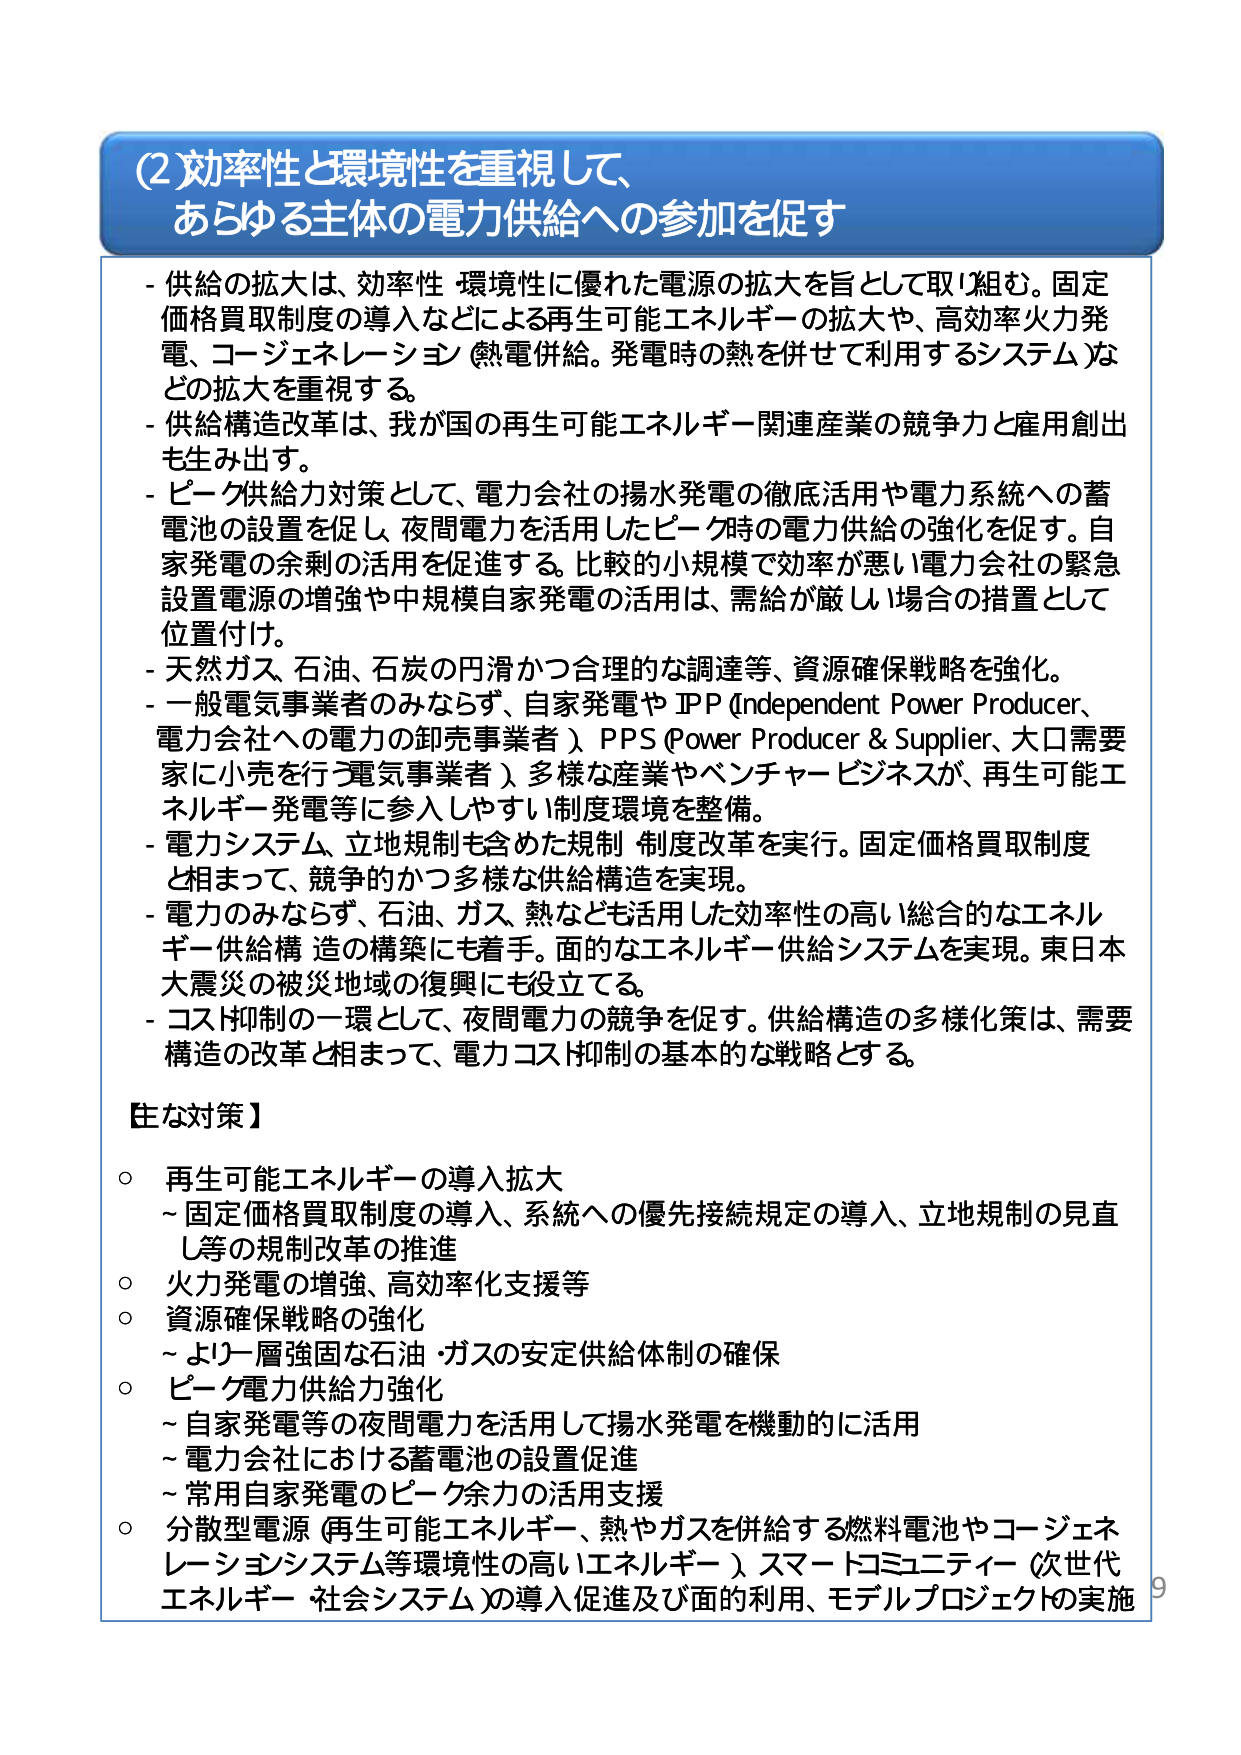
(2) 効率性と環境性を重視して、
あらゆる主体の電力供給への参加を促す

- 供給の拡大は、効率性・環境性に優れた電源の拡大を旨として取り組む。固定価格買取制度の導入などによる再生可能エネルギーの拡大や、高効率火力発電、コージェネレーション（熱電併給。発電時の熱を併せて利用するシステム）などの拡大を重視する。
- 供給構造改革は、我が国の再生可能エネルギー関連産業の競争力と雇用創出も生み出す。
- ピーク供給力対策として、電力会社の揚水発電の徹底活用や電力系統への蓄電池の設置を促し、夜間電力を活用したピーク時の電力供給の強化を促す。自家発電の余剰の活用を促進する。比較的小規模で効率が悪い電力会社の緊急設置電源の増強や中規模自家発電の活用は、需給が厳しい場合の措置として位置付け。
- 天然ガス、石油、石炭の円滑かつ合理的な調達等、資源確保戦略を強化。
- 一般電気事業者のみならず、自家発電や IPP（Independent Power Producer、電力会社への電力の卸売事業者）、PPS（Power Producer & Supplier、大口需要家に小売を行う電気事業者）、多様な産業やベンチャー・ビジネスが、再生可能エネルギー発電等に参入しやすい制度環境を整備。
- 電力システム、立地規制も含めた規制・制度改革を実行。固定価格買取制度と相まって、競争的かつ多様な供給構造を実現。
- 電力のみならず、石油、ガス、熱なども活用した効率性の高い総合的なエネルギー供給構造の構築にも着手。面的なエネルギー供給システムを実現。東日本大震災の被災地域の復興にも役立てる。
- コスト抑制の一環として、夜間電力の競争を促す。供給構造の多様化策は、需要構造の改革と相まって、電力コスト抑制の基本的な戦略とする。

【主な対策】
○ 再生可能エネルギーの導入拡大
　～固定価格買取制度の導入、系統への優先接続規定の導入、立地規制の見直し等の規制改革の推進
○ 火力発電の増強、高効率化支援等
○ 資源確保戦略の強化
　～より一層強固な石油・ガスの安定供給体制の確保
○ ピーク電力供給力強化
　～自家発電等の夜間電力を活用して揚水発電を機動的に活用
　～電力会社における蓄電池の設置促進
　～常用自家発電のピーク余力の活用支援
○ 分散型電源（再生可能エネルギー、熱やガスを併給する燃料電池やコージェネレーションシステム等環境性の高いエネルギー）、スマートコミュニティ（次世代エネルギー・社会システム）の導入促進及び面的利用、モデルプロジェクトの実施

9